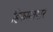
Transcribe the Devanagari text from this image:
हिकमतयार